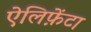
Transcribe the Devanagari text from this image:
ऐलिफ़ेंटा